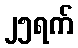
၂၅ရက်